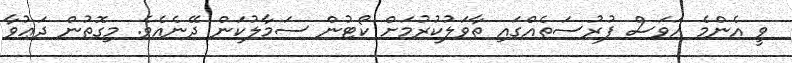
ވީ އެންމެ އަވަސް ފުރުސަތެއްގައި ތާވަލުކުރުމަށް ކޯޓުން ސަމާލުކަން ދޭނެއެވެ. މިގޮތުން ދަޢުވާ